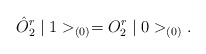
\begin{align*}\hat{O}^{r}_{2}\mid 1>_{(0)}={O}^{r}_{2}\mid 0>_{(0)}.\end{align*}